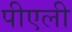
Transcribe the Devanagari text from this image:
पीएली